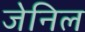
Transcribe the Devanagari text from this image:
जेनिल